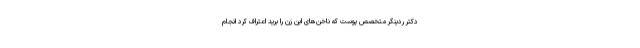
دکتر ردینگر متخصص پوست که ناخن‌های این زن را برید اعتراف کرد انجام